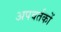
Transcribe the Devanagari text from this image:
अपवर्तकों